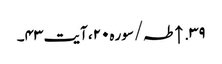
۳۹. ↑ طہ/سوره۲۰، آیت ۴۳۔